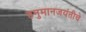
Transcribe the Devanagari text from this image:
हनुमानजयंतीचे